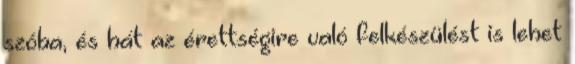
szóba, és hát az érettségire való felkészülést is lehet